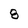
Character: 8